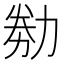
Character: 𠡶